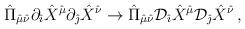
LaTeX: \begin{align*}{\hat \Pi}_{{\hat \mu}{\hat \nu}}\partial_{\hat \imath}{\hat X}^{\hat \mu}\partial_{\hat \jmath}{\hat X}^{\hat \nu}\rightarrow {\hat \Pi}_{{\hat \mu}{\hat \nu}}{\cal D}_{\hat \imath}{\hat X}^{\hat \mu}{\cal D}_{\hat \jmath}{\hat X}^{\hat \nu}\, ,\end{align*}